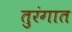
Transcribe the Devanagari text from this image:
तुरंगात